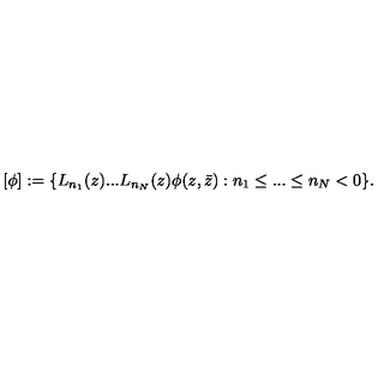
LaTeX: \lbrack \phi ] : = \{ L _ { n _ { 1 } } ( z ) . . . L _ { n _ { N } } ( z ) \phi ( z , \bar { z } ) : n _ { 1 } \leq . . . \leq n _ { N } < 0 \} .